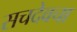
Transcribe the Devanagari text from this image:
सचदेवचा